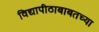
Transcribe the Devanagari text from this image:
विद्यापीठाबाबतच्या